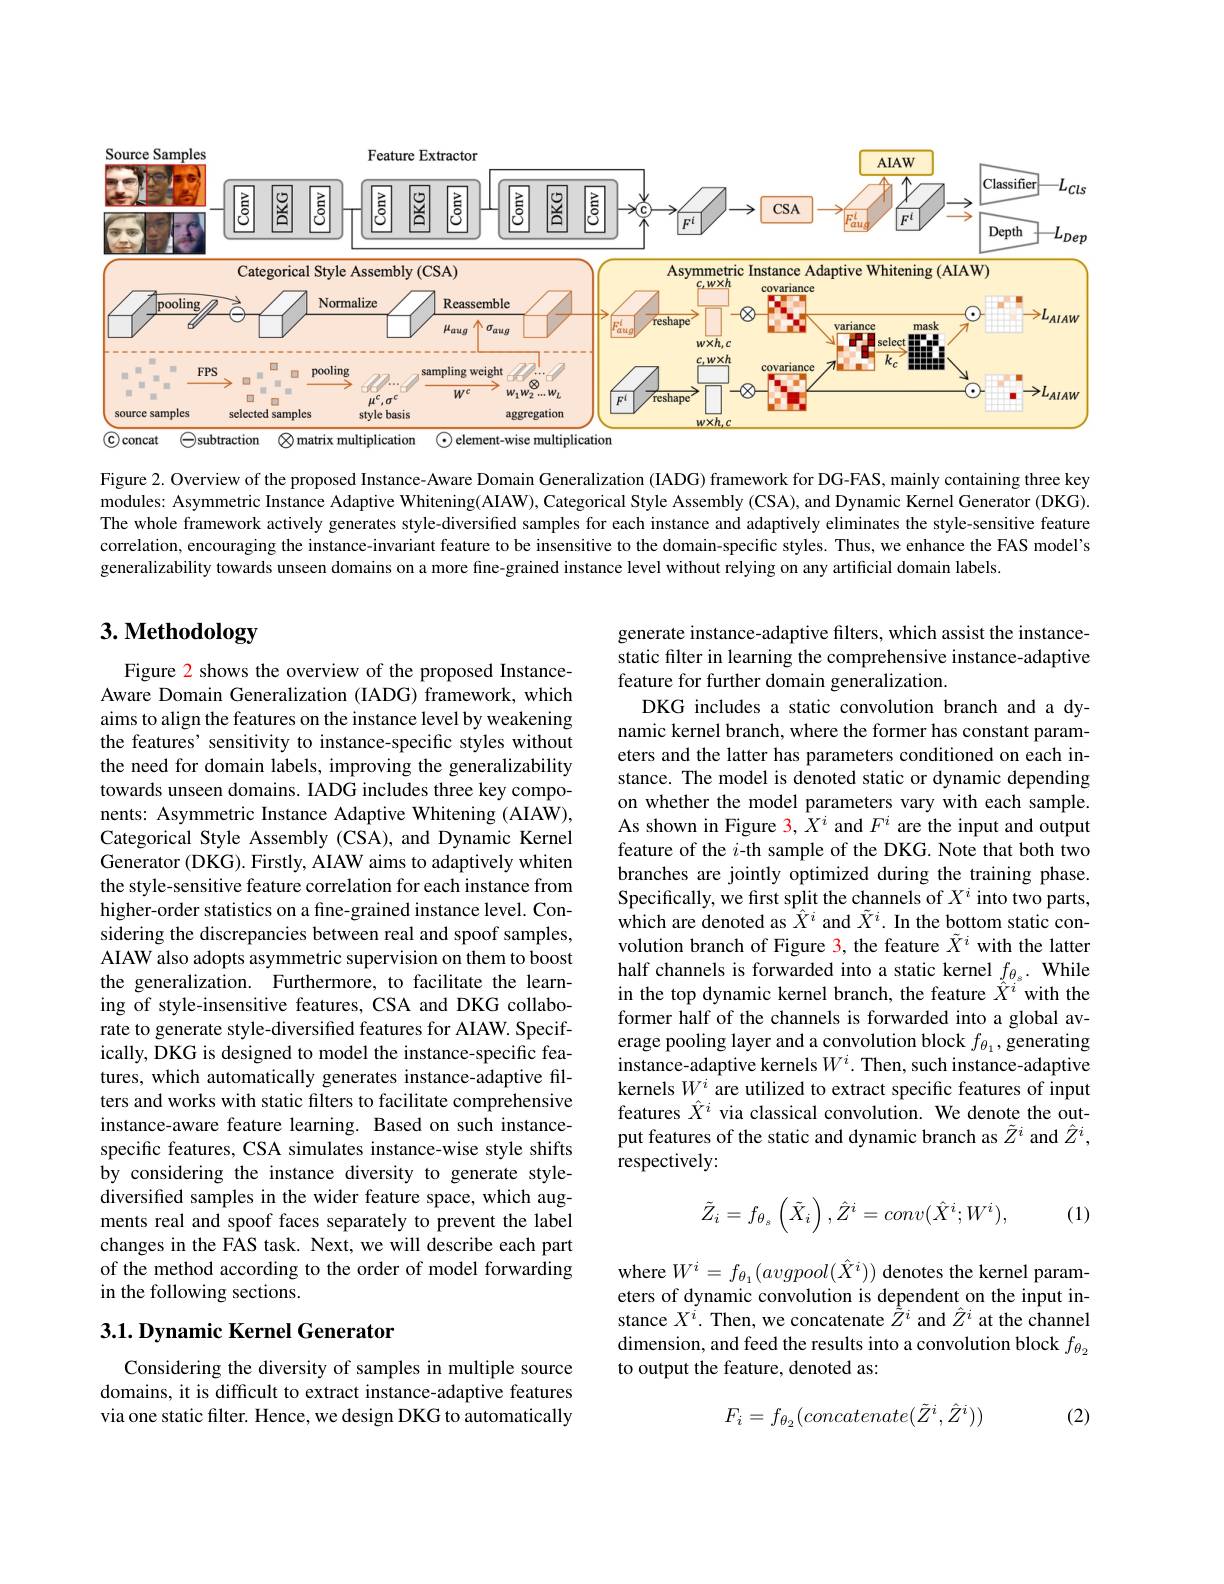
<FigureHere>

Figure 2. Overview of the proposed Instance- Aware Domain Generalization (IADG) framework for DG-FAS, mainly containing three key modules: Asymmetric Instance Adaptive Whitening( AIAW), Categorical Style Assembly (CSA), and Dynamic Kernel Generator (DKG). The whole framework actively generates style-diversified samples for each instance and adaptively eliminates the style-sensitive feature correlation, encouraging the instance-invariant feature to be insensitive to the domain-specific styles. Thus, we enhance the FAS model's generalizability towards unseen domains on a more fine-grained instance level without relying on any artificial domain labels

# $3. \textbf{ Methodology}$

generate instance-adaptive filters, which assist the instancestatic filter in learning the comprehensive instance-adaptive feature for further domain generalization.
DKG includes a static convolution branch and a dynamic kernel branch, where the former has constant parameters and the latter has parameters conditioned on each instance. The model is denoted static or dynamic depending on whether the model parameters vary with each sample. As shown in Figure $\color{red}{3,X^i}$ and $F^i$ are the input and output feature of the $i$-th sample of the DKG. Note that both two branches are jointly optimized during the training phase. Specifically, we first split the channels of $X^i$ into two parts, which are denoted as $\hat{X}^i$ and $\tilde{X}^i.$ In the bottom static convolution branch of Figure 3, the feature $\tilde{X}^i$ with the latter $\begin{array}{l}\text{half channels is forwarded into a static kernel }f_{\theta_{s}}.&\mathrm{While}\\\text{in the top dynamic kernel branch, the feature }\hat{X}^{i}&\mathrm{with~the}\end{array}$ former half of the channels is forwarded into a global average pooling layer and a convolution block $f_{\theta_1}$,generating instance-adaptive kernels $W^i.$ Then, such instance-adaptive kernels $W^i$ are utilized to extract specific features of input features $\hat{X}^i$ via classical convolution. We denote the output features of the static and dynamic branch as $\tilde{Z}^i$ and $\hat{Z}^i$, respectively:

Figure 2 shows the overview of the proposed InstanceAware Domain Generalization (IADG) framework, which aims to align the features on the instance level by weakening the features' sensitivity to instance-specific styles without the need for domain labels, improving the generalizability towards unseen domains. IADG includes three key components: Asymmetric Instance Adaptive Whitening (AIAW), Categorical Style Assembly (CSA), and Dynamic Kernel Generator (DKG). Firstly, AIAW aims to adaptively whiten the style-sensitive feature correlation for each instance from higher-order statistics on a fine-grained instance level. Considering the discrepancies between real and spoof samples, AIAW also adopts asymmetric supervision on them to boost the generalization. Furthermore, to facilitate the learning of style-insensitive features, CSA and DKG collaborate to generate style-diversified features for AIAW. Specifically, DKG is designed to model the instance-specific features, which automatically generates instance-adaptive filters and works with static filters to facilitate comprehensive instance-aware feature learning. Based on such instancespecific features, CSA simulates instance-wise style shifts by considering the instance diversity to generate stylediversified samples in the wider feature space, which augments real and spoof faces separately to prevent the label changes in the FAS task. Next, we will describe each part of the method according to the order of model forwarding in the following sections.

(1)
$$\tilde{Z}_{i}=f_{\theta_{s}}\left(\tilde{X}_{i}\right),\hat{Z}^{i}=conv(\hat{X}^{i};W^{i}),$$
where $W^i=f_{\theta_1}(avgpool(\hat{X}^i))$ denotes the kernel parameters of dynamic convolution is dependent on the input instance $X^i.$ Then, we concatenate $\hat{\tilde{Z}}^i$ and $\hat{Z}^i$ at the channel dimension, and feed the results into a convolution block $f_{\theta_2}$ to output the feature, denoted as:

## 3.1. Dynamic Kernel Generator

Considering the diversity of samples in multiple source domains, it is difficult to extract instance-adaptive features via one static filter. Hence, we design DKG to automatically

(2)
$$F_i=f_{\theta_2}(concatenate(\tilde{Z}^i,\hat{Z}^i))$$